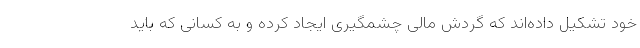
خود تشکیل داده‌اند که گردش مالی چشمگیری ایجاد کرده و به کسانی که باید